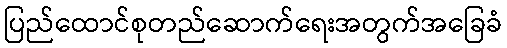
ပြည်ထောင်စုတည်ဆောက်ရေးအတွက်အခြေခံ